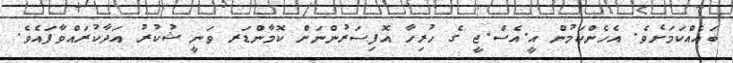
ބައެއްކަމަށެވެ. އެހެންކަމުން އީ.އެސް.ޖީ ގެ ހުރިހާ އޮފިސަރުންނަށް ކޮމާންޑަރ ވަނީ ޝުކުރު އަދާކުރައްވާފައެވެ.